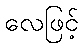
လေဖြင့်